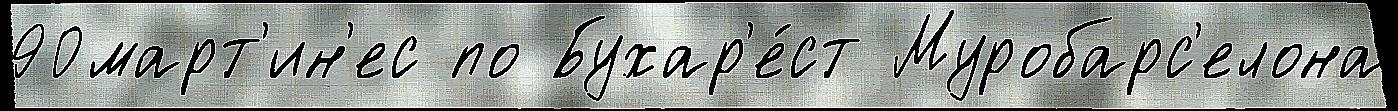
90март'ин'ес по Бухар'е́ст Муробарс'елона